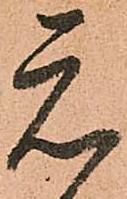
元